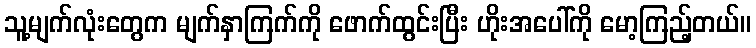
သူ့မျက်လုံးတွေက မျက်နှာကြက်ကို ဖောက်ထွင်းပြီး ဟိုးအပေါ်ကို မော့ကြည့်တယ်။